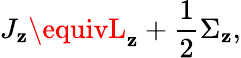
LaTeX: J_{\mathbf{z}}\equivL_{\mathbf{z}}+{\frac{{1}}{{2}}}\Sigma_{\mathbf{z}},